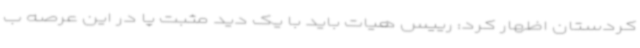
کردستان اظهار کرد: رییس هیات باید با یک دید مثبت پا در این عرصه ب